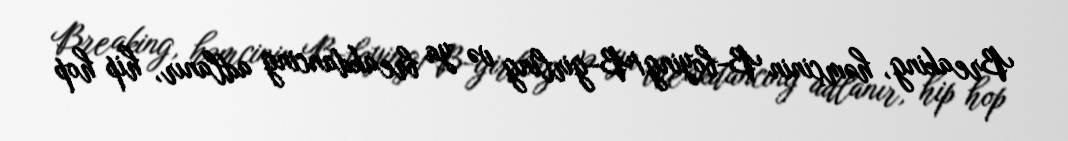
Breaking, həmçinin B-boying/B-girling və ya breakdancing adlanır, hip hop